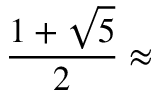
{ \frac { 1 + { \sqrt { 5 } } } { 2 } } \approx